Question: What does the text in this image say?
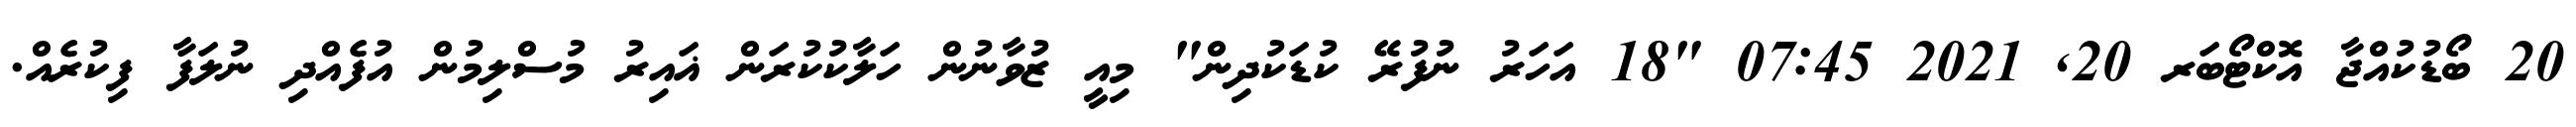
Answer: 20 ބޯޑުކުއްޖާ އޮކްޓޯބަރ 20, 2021 07:45 "18 އަހަރު ނުފުރޭ ކުޑަކުދިން" މިއީ ޒުވާނުން ހަލާކުކުރަން ޣައިރު މުސްލިމުން އުފެއްދި ނުލަފާ ފިކުރެއް.